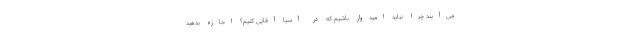
می‌آیند چرا نباید امیدوار باشیم که در آسیا آقایی کنیم؟ اجازه بدهید